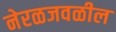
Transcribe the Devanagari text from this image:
नेरळजवळील